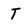
Character: T